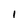
Character: l